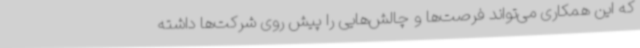
که این همکاری می‌تواند فرصت‌ها و چالش‌هایی را پیش روی شرکت‌ها داشته